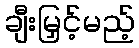
ချီးမြှင့်မည့်